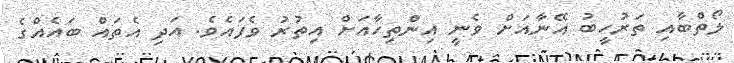
ލޯތްބާއި ތަރުހީބު އޭނާއަށް ވެނީ އިންތިހާއަށް އިތުރު ވެފައެވެ. އަދި އެތައް ބައެއްގެ